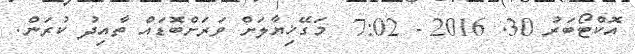
އޮކްޓޯބަރު 30